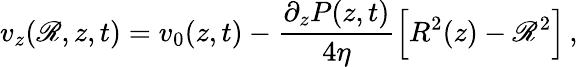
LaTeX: v_{z}(\mathscr{R},z,t)=v_{0}(z,t)-\frac{{\partial_{z}P(z,t)}}{{4\eta}}\Big[R^{2}(z)-\mathscr{R}^{2}\Big]\, ,